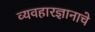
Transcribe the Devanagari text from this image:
व्यवहारज्ञानाचे